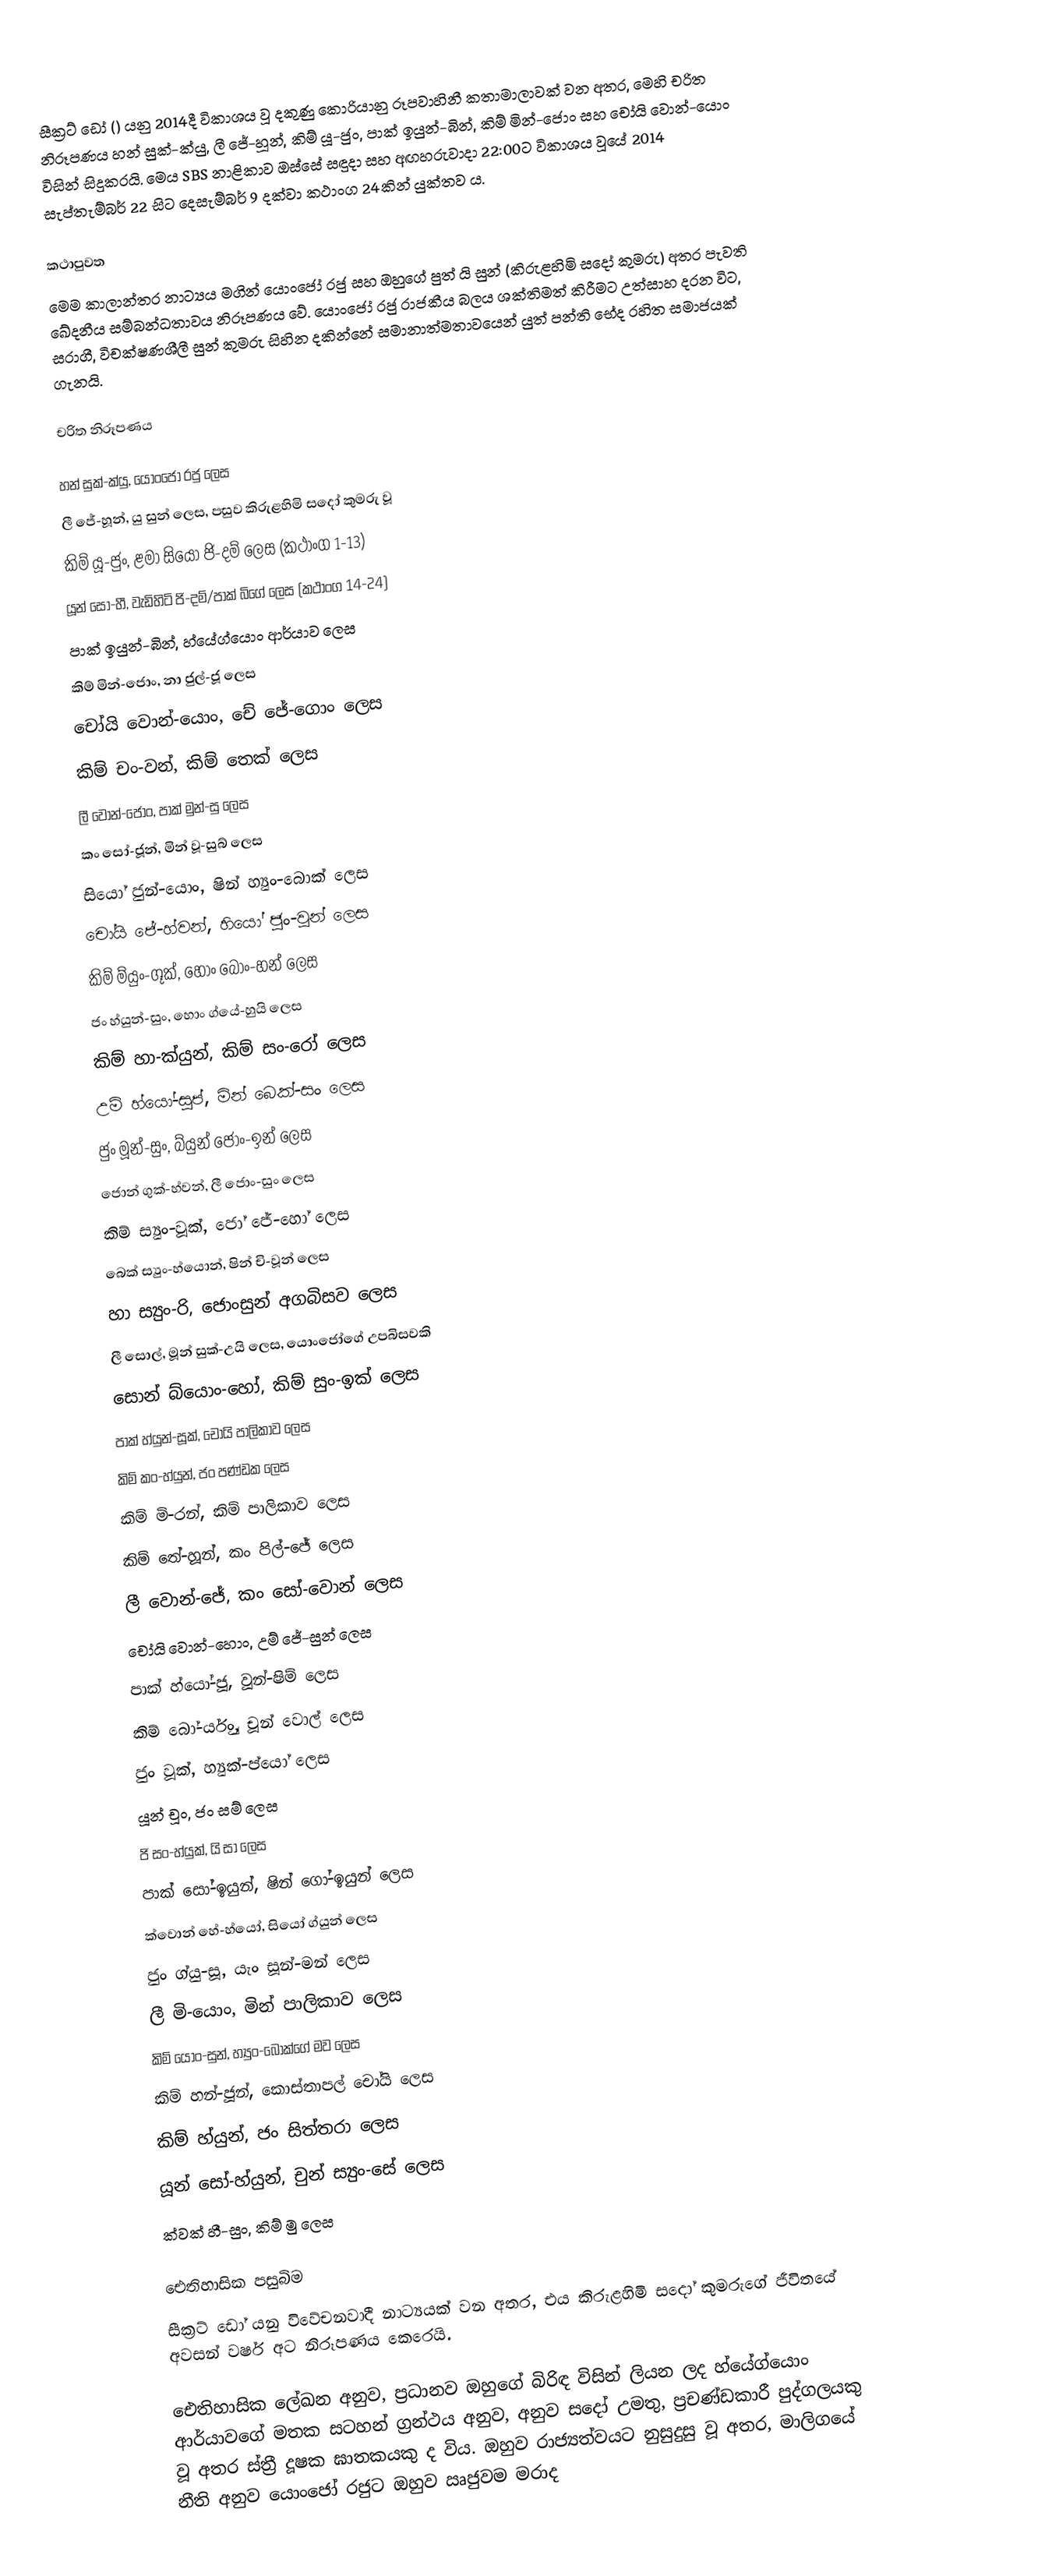
සීක්‍රට් ඩෝ  () යනු 2014දී විකාශය වූ දකුණු කොරියානු රූපවාහිනී කතාමාලාවක් වන අතර, මෙහි චරිත නිරූපණය හන් සුක්-ක්යු, ලී ජේ-හූන්, කිම් යූ-ජුං, පාක් ඉයුන්-බින්, කිම් මින්-ජොං සහ චෝයි වොන්-යොං විසින් සිදුකරයි. මෙය SBS නාළිකාව ඔස්සේ සඳුදා සහ අඟහරුවාදා 22:00ට විකාශය වූයේ 2014 සැප්තැම්බර් 22 සිට දෙසැම්බර් 9 දක්වා කථාංග 24කින් යුක්තව ය.

කථාපුවත
මෙම කාලාන්තර නාට්‍යය මගින් යොංජෝ රජු සහ ඔහුගේ පුත් යි සුන් (කිරුළහිමි සදෝ කුමරු) අතර පැවති ඛේදනීය සම්බන්ධතාවය නිරූපණය වේ. යොංජෝ රජු රාජකීය බලය ශක්තිමත් කිරීමට උත්සාහ දරන විට, සරාගී, විචක්ෂණශීලී සුන් කුමරු සිහින දකින්නේ සමානාත්මතාවයෙන් යුත් පන්ති භේද රහිත සමාජයක් ගැනයි.

චරිත නිරූපණය

හන් සුක්-ක්යු, යොංජෝ රජු ලෙස
ලී ජේ-හූන්, යු සුන් ලෙස, පසුව කිරුළහිමි සදෝ කුමරු වූ
කිම් යූ-ජුං, ළමා සියෝ ජි-දම් ලෙස (කථාංග 1-13)
යූන් සෝ-හී, වැඩිහිටි ජි-දම්/පාක් බිගේ ලෙස (කථාංග 14-24)
පාක් ඉයුන්-බින්, හ්යේග්යොං ආර්යාව ලෙස
කිම් මින්-ජොං, නා ජුල්-ජූ ලෙස
චෝයි වොන්-යොං, චේ ජේ-ගොං ලෙස
කිම් චං-වන්, කිම් තෙක් ලෙස
ලී වොන්-ජොං, පාක් මුන්-සු ලෙස
කං සෝ-ජූන්, මින් වූ-සුබ් ලෙස
සියෝ ජුන්-යොං, ෂින් හ්‍යුං-බොක් ලෙස
චෝයි ජේ-හ්වන්, හියෝ ජුං-වූන් ලෙස
කිම් ම්යුං-ගූක්, හොං බොං-හන් ලෙස
ජං හ්යුන්-සුං, හොං ග්යේ-හුයි ලෙස
කිම් හා-ක්යුන්, කිම් සං-රෝ ලෙස
උම් හ්යෝ-සුප්, මින් බෙක්-සං ලෙස
ජුං මූන්-සුං, බ්යුන් ජොං-ඉන් ලෙස
ජොන් ගුක්-හ්වන්, ලී ජොං-සුං ලෙස
කිම් ස්‍යුං-වූක්, ජෝ ජේ-හෝ ලෙස
බෙක් ස්‍යුං-හ්යොන්, ෂින් චි-වූන් ලෙස
හා ස්‍යුං-රි, ජොංසුන් අගබිසව ලෙස
ලී සොල්, මූන් සුක්-උයි ලෙස, යොංජෝගේ උපබිසවකි
සොන් බ්යොං-හෝ, කිම් සුං-ඉක් ලෙස
පාක් හ්යුන්-සූක්, චෝයි පාලිකාව ලෙස
කිම් කං-හ්යුන්, ජං පණ්ඩක ලෙස
කිම් මි-රන්, කිම් පාලිකාව ලෙස
කිම් තේ-හූන්, කං පිල්-ජේ ලෙස
ලී වොන්-ජේ, කං සෝ-වොන් ලෙස
චෝයි වොන්-හොං, උම් ජේ-සුන් ලෙස
පාක් හ්යෝ-ජූ, වූන්-ෂිම් ලෙස
කිම් බෝ-ර්යුං, චූන් වොල් ලෙස
ජුං වූක්, හ්‍යුක්-ප්යෝ ලෙස
යූන් චූං, ජං සම් ලෙස
ජි සං-හ්යුක්, යි සා ලෙස
පාක් සෝ-ඉයුන්, ෂින් ගෝ-ඉයුන් ලෙස
ක්වොන් හේ-හ්යෝ, සියෝ ග්යුන් ලෙස
ජුං ග්යු-සූ, යැං සූන්-මන් ලෙස
ලී මි-යොං, මින් පාලිකාව ලෙස
කිම් යොං-සුන්, හ්‍යුං-බොක්ගේ මව ලෙස
කිම් හන්-ජූන්, කොස්තාපල් චෝයි ලෙස
කිම් හ්යුන්, ජං සිත්තරා ලෙස
යූන් සෝ-හ්යුන්, චුන් ස්‍යුං-සේ ලෙස
ක්වක් හී-සුං, කිම් මු ලෙස

ඓතිහාසික පසුබිම
සීක්‍රට් ඩෝ යනු විවේචනවාදී නාට්‍යයක් වන අතර, එය කිරුළහිමි සදෝ කුමරුගේ ජීවිතයේ අවසන් වර්ෂ අට නිරූපණය කෙරෙයි.

ඓතිහාසික ලේඛන අනුව, ප්‍රධානව ඔහුගේ බිරිඳ විසින් ලියන ලද හ්යේග්යොං ආර්යාවගේ මතක සටහන් ග්‍රන්ථය අනුව, අනුව සදෝ උමතු, ප්‍රචණ්ඩකාරී පුද්ගලයකු වූ අතර ස්ත්‍රී දූෂක ඝාතකයකු ද විය. ඔහුව රාජ්‍යත්වයට නුසුදුසු වූ අතර, මාලිගයේ නීති අනුව යොංජෝ රජුට ඔහුව ඍජුවම මරාද